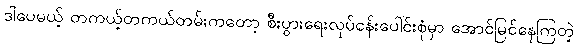
ဒါပေမယ့် တကယ့်တကယ်တမ်းကတော့ စီးပွားရေးလုပ်ငန်းပေါင်းစုံမှာ အောင်မြင်နေကြတဲ့